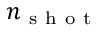
n _ { \mathrm { ~ s ~ h ~ o ~ t ~ } }